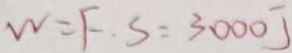
W = F \cdot S = 3 0 0 0 J